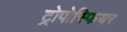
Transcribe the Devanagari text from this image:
ट्रोपोस्फियर